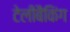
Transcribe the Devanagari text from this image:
टेलीबैंकिंग